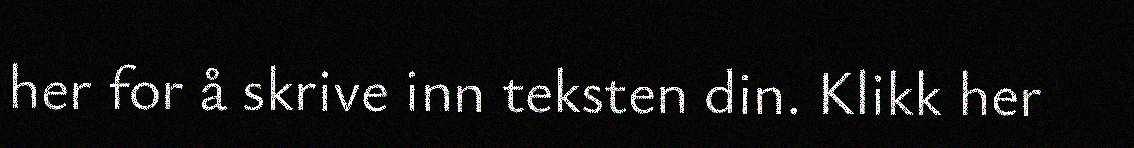
her for å skrive inn teksten din. Klikk her